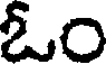
ఓం